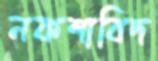
নকশাবিদ